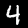
Label: 4